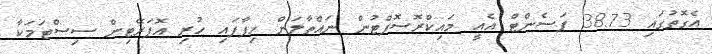
އެގޮތުގައި 38.73 ޕަސެންޓް އެއީ މައިކްރޮސޮފްޓުން ނައްތާލަން ހިފާފައި ހުރި އޮޕަރޭޓިން ސިސްޓަމަކާ